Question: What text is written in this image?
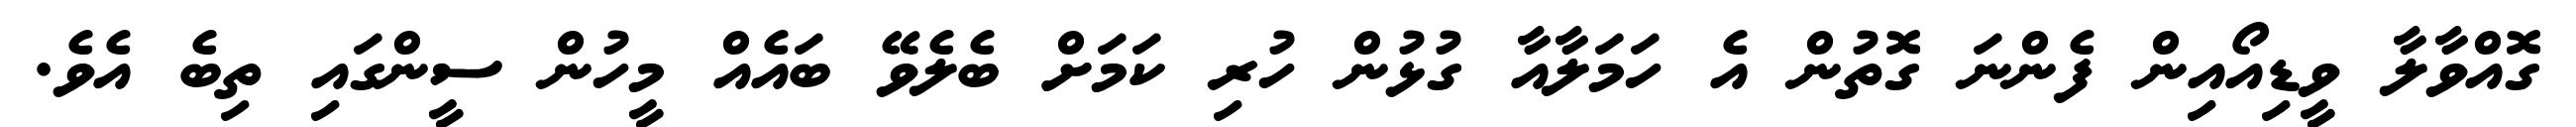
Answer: ގޮއްވާލާ ވީޑިއޯއިން ފެންނަ ގޮތުން އެ ހަމަލާއާ ގުޅުން ހުރި ކަމަށް ބެލެވޭ ބައެއް މީހުން ސީންގައި ތިބެ އެވެ.